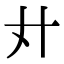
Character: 𢌭